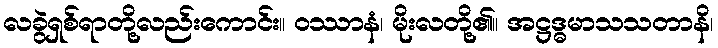
လခွဲရှစ်ရာတို့လည်းကောင်း။ ဝဿာနံ၊ မိုးလတို့၏။ အဋ္ဌဒ္ဓမာသသတာနိ၊